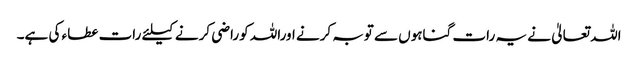
اللہ تعالیٰ نے یہ رات گناہوں سے توبہ کرنے اوراللہ کوراضی کرنے کیلئے رات عطاء کی ہے۔